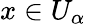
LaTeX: x\in U_{\alpha}